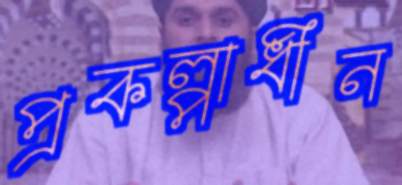
প্রকল্পাধীন